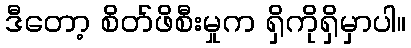
ဒီတော့ စိတ်ဖိစီးမှုက ရှိကိုရှိမှာပါ။